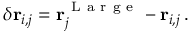
\delta \mathbf { r } _ { i , j } = \mathbf { r } _ { j } ^ { \mathrm { ~ L ~ a ~ r ~ g ~ e ~ } } - \mathbf { r } _ { i , j } \, .